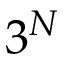
3 ^ { N }